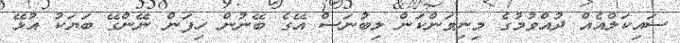
ސައިކަލްއެއް ދުއްވުމުގެ މިނިވަންކަން ލިބުނަސް އޭގެ ބޭނުން ހިފަން ނޭންގޭ ބަޔަކު އުޅޭ